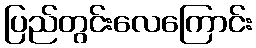
ပြည်တွင်းလေကြောင်း